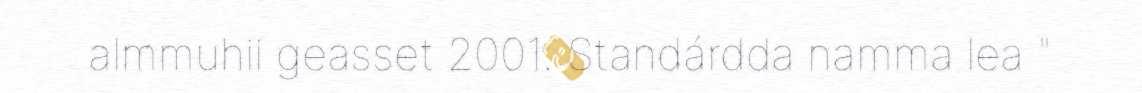
almmuhii geasset 2001. Standárdda namma lea "